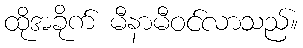
ထိုအခိုက် မီနာမီဝင်လာသည်။